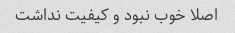
اصلا خوب نبود و کیفیت نداشت